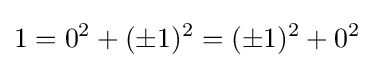
1=0^{2}+(\pm 1)^{2}=(\pm 1)^{2}+0^{2}